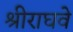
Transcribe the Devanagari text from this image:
श्रीराघवे